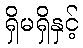
ရှိမရှိနှင့်